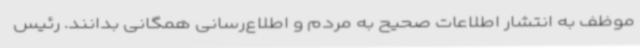
موظف به انتشار اطلاعات صحیح به مردم و اطلاع‌رسانی همگانی بدانند. رئیس